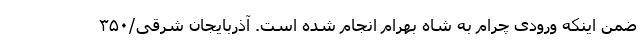
ضمن اینکه ورودی چرام به شاه بهرام انجام شده است. آذربایجان شرقی/۳۵۰